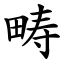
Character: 畴